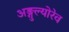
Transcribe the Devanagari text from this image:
अङ्गुल्योरेव